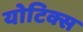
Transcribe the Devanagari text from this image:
योटिक्स